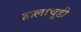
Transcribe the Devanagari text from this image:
कालाचूडी